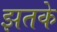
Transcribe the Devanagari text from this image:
झतके